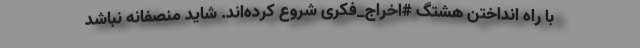
با راه انداختن هشتگ #اخراج_فکری شروع کرده‌اند. شاید منصفانه نباشد